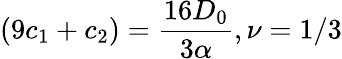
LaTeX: (9c_{1}+c_{2})=\frac{16D_{0}}{3\alpha},\nu=1/3